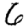
Digit: 6